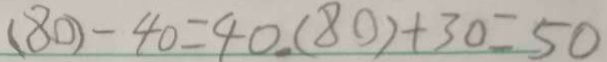
( 8 0 ) - 4 0 = 4 0 . ( 8 0 ) + 3 0 = 5 0